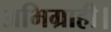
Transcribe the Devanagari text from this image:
अभिग्राही।